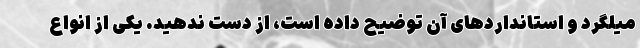
میلگرد و استانداردهای آن توضیح داده است، از دست ندهید. یکی از انواع